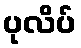
ပုလိပ်